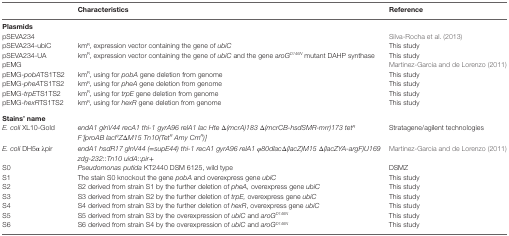
<table><thead><tr><td></td><td><b>Characteristics</b></td><td><b>Reference</b></td></tr></thead><tbody><tr><td colspan="3"><b>Plasmids</b></td></tr><tr><td>pSEVA234</td><td></td><td>Silva-Rocha et al. (2013)</td></tr><tr><td>pSEVA234-ubiC</td><td>km<sup>R</sup>, expression vector containing the gene of <i>ubiC</i></td><td>This study</td></tr><tr><td>pSEVA234-UA</td><td>km<sup>R</sup>, expression vector containing the gene of <i>ubiC</i> and the gene a<i>roG<sup>D146N</sup></i> mutant DAHP synthase</td><td>This study</td></tr><tr><td>pEMG</td><td></td><td>Martinez-Garcia and de Lorenzo (2011)</td></tr><tr><td>pEMG-<i>pobA</i>TS1TS2</td><td>km<sup>R</sup>, using for <i>pobA</i> gene deletion from genome</td><td>This study</td></tr><tr><td>pEMG-<i>pheA</i>TS1TS2</td><td>km<sup>R</sup>, using for <i>pheA</i> gene deletion from genome</td><td>This study</td></tr><tr><td>pEMG-<i>trpE</i>TS1TS2</td><td>km<sup>R</sup>, using for <i>trpE</i> gene deletion from genome</td><td>This study</td></tr><tr><td>pEMG-<i>hexR</i>TS1TS2</td><td>km<sup>R</sup>, using for <i>hexR</i> gene deletion from genome</td><td>This study</td></tr><tr><td colspan="3"><b>Stains’ name</b></td></tr><tr><td><i>E. coli</i> XL10-Gold</td><td><i>endA1 glnV44 recA1 thi-1 gyrA96 relA1 lac Hte Δ(mcrA)183 Δ(mcrCB-hsdSMR-mrr)173 tet<sup>R</sup> F ́[proAB lacI<sup>q</sup>ZΔM15 Tn10(Tet<sup>R</sup> Amy Cm<sup>R</sup>)]</i></td><td>Stratagene/agilent technologies</td></tr><tr><td><i>E. coli</i> DH5α λpir</td><td><i>endA1 hsdR17 glnV44 (=supE44) thi-1 recA1 gyrA96 relA1 φ80dlacΔ(lacZ)M15 Δ(lacZYA-argF)U169 zdg-232::Tn10 uidA::pir</i>+</td><td>Martinez-Garcia and de Lorenzo (2011)</td></tr><tr><td>S0</td><td><i>Pseudomonas putida</i> KT2440 DSM 6125, wild type</td><td>DSMZ</td></tr><tr><td>S1</td><td>The stain S0 knockout the gene <i>pobA</i> and overexpress gene <i>ubiC</i></td><td>This study</td></tr><tr><td>S2</td><td>S2 derived from strain S1 by the further deletion of <i>pheA</i>, overexpress gene <i>ubiC</i></td><td>This study</td></tr><tr><td>S3</td><td>S3 derived from strain S2 by the further deletion of <i>trpE</i>, overexpress gene <i>ubiC</i></td><td>This study</td></tr><tr><td>S4</td><td>S4 derived from strain S3 by the further deletion of <i>hexR</i>, overexpress gene <i>ubiC</i></td><td>This study</td></tr><tr><td>S5</td><td>S5 derived from strain S3 by the overexpression of <i>ubiC</i> and <i>aroG<sup>D146N</sup></i></td><td>This study</td></tr><tr><td>S6</td><td>S6 derived from strain S4 by the overexpression of <i>ubiC</i> and <i>aroG<sup>D146N</sup></i></td><td>This study</td></tr></tbody></table>